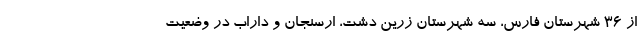
از ۳۶ شهرستان فارس، سه شهرستان زرین دشت، ارسنجان و داراب در وضعیت